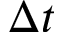
\Delta t